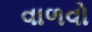
વાળવો